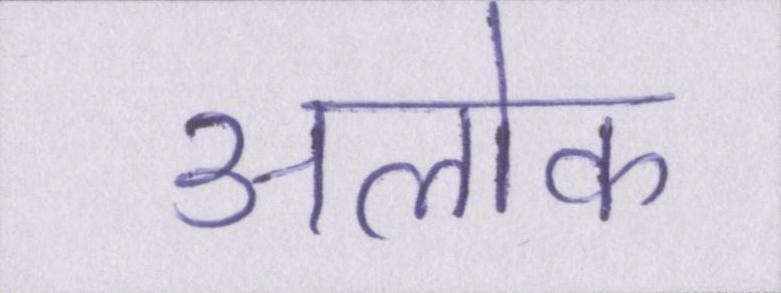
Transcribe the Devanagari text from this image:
अलोक